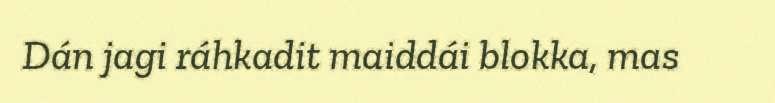
Dán jagi ráhkadit maiddái blokka, mas